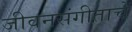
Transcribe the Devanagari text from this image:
जीवनसंगीताचे